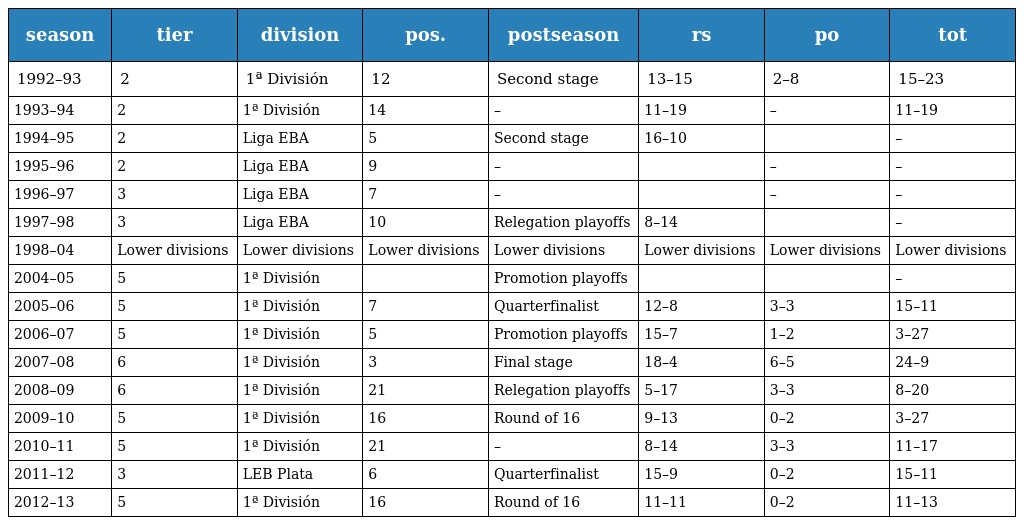
| season | tier | division | pos. | postseason | rs | po | tot |
 | --- | --- | --- | --- | --- | --- | --- | --- |
 | 1992–93 | 2 | 1ª División | 12 | Second stage | 13–15 | 2–8 | 15–23 |
 | 1993–94 | 2 | 1ª División | 14 | – | 11–19 | – | 11–19 |
 | 1994–95 | 2 | Liga EBA | 5 | Second stage | 16–10 |  | – |
 | 1995–96 | 2 | Liga EBA | 9 | – |  | – | – |
 | 1996–97 | 3 | Liga EBA | 7 | – |  | – | – |
 | 1997–98 | 3 | Liga EBA | 10 | Relegation playoffs | 8–14 |  | – |
 | 1998–04 | Lower divisions | Lower divisions | Lower divisions | Lower divisions | Lower divisions | Lower divisions | Lower divisions |
 | 2004–05 | 5 | 1ª División |  | Promotion playoffs |  |  | – |
 | 2005–06 | 5 | 1ª División | 7 | Quarterfinalist | 12–8 | 3–3 | 15–11 |
 | 2006–07 | 5 | 1ª División | 5 | Promotion playoffs | 15–7 | 1–2 | 3–27 |
 | 2007–08 | 6 | 1ª División | 3 | Final stage | 18–4 | 6–5 | 24–9 |
 | 2008–09 | 6 | 1ª División | 21 | Relegation playoffs | 5–17 | 3–3 | 8–20 |
 | 2009–10 | 5 | 1ª División | 16 | Round of 16 | 9–13 | 0–2 | 3–27 |
 | 2010–11 | 5 | 1ª División | 21 | – | 8–14 | 3–3 | 11–17 |
 | 2011–12 | 3 | LEB Plata | 6 | Quarterfinalist | 15–9 | 0–2 | 15–11 |
 | 2012–13 | 5 | 1ª División | 16 | Round of 16 | 11–11 | 0–2 | 11–13 |